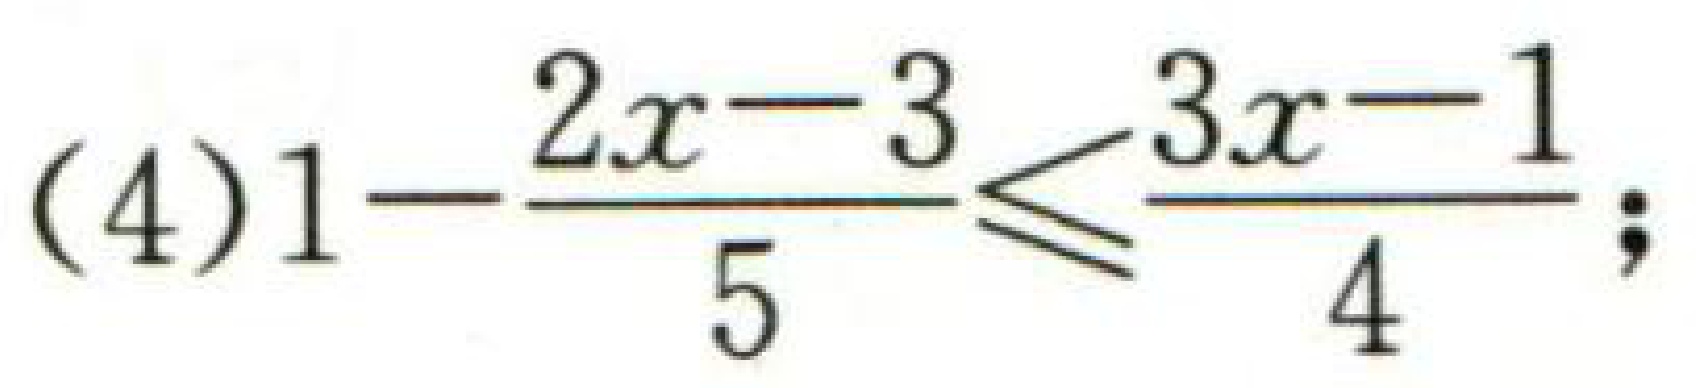
(4)$1 - \frac{2x - 3}{5} \leq \frac{3x - 1}{4}$;